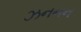
ઝનનન